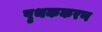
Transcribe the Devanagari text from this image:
पृथककरण